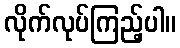
လိုက်လုပ်ကြည့်ပါ။